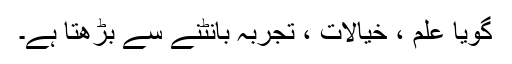
گویا علم ، خیالات ، تجربہ بانٹنے سے بڑھتا ہے۔